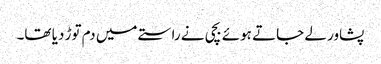
پشاور لے جاتے ہوئے بچی نے راستے میں دم توڑ دیا تھا۔